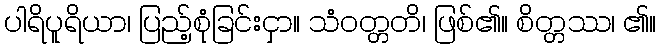
ပါရိပူရိယာ၊ ပြည့်စုံခြင်းငှာ။ သံဝတ္တတိ၊ ဖြစ်၏။ စိတ္တဿ၊ ၏။